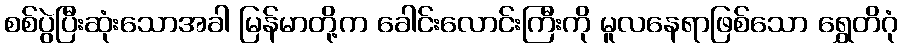
စစ်ပွဲပြီးဆုံးသောအခါ မြန်မာတို့က ခေါင်းလောင်းကြီးကို မူလနေရာဖြစ်သော ရွှေတိဂုံ